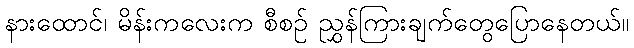
နားထောင်၊ မိန်းကလေးက စီစဉ် ညွှန်ကြားချက်တွေပြောနေတယ်။